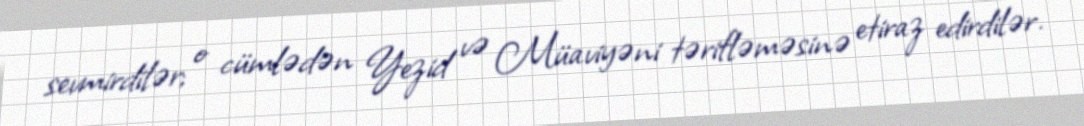
sevmirdilər; o cümlədən Yezid və Müaviyəni tərifləməsinə etiraz edirdilər.